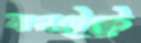
কনটেস্টে